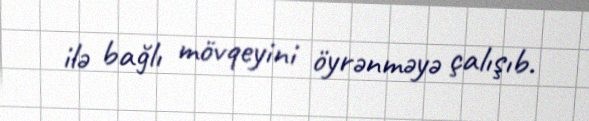
ilə bağlı mövqeyini öyrənməyə çalışıb.